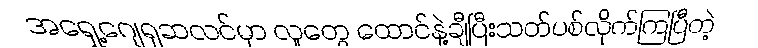
အရှေ့ဂျေရုဆလင်မှာ လူတွေ ထောင်နဲ့ချီပြီးသတ်ပစ်လိုက်ကြပြီတဲ့